Report on the working of the mental hospitals for Indians in Bihar and Orissa - 1925-1929
Year: 1925
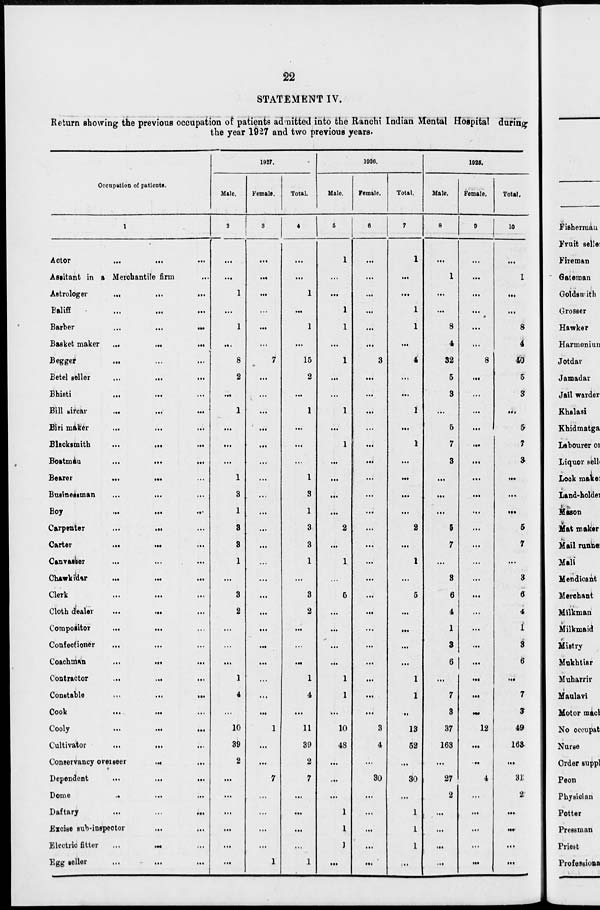
22
STATEMENT IV.
Return showing the previous occupation of patients admitted into the Ranchi Indian Mental Hospital during
the year 1927 and two previous years.
Occupation of patients.
1
Actor
...
...
...
Assistant in a Merchantile firm ...
Astrologer
...
...
...
Baliff
...
...
...
Barber
...
...
...
Basket maker ... ... ...
Begger
... ... ...
Betel seller
...
... ...
Bhisti
...
...
...
Bill sircar
...
...
...
Biri maker ... ... ...
Blacksmith
...
...
...
Boatman
...
...
...
Bearer
...
...
...
Businessman ... ... ...
Boy
...
...
...
Carpenter
...
... ...
Carter
... ... ...
Canvasser ... ... ...
Chawkidar
... ... ...
Clerk
...
...
...
Cloth dealer
...
... ...
Compositor
...
... ...
Confectioner ... ... ...
Coachman
...
...
...
Contractor
...
... ...
Constable ... ... ...
Cook
...
...
...
Cooly
...
...
...
Cultivator
...
... ...
Conservancy overseer
...
...
Dependent
...
...
...
Dome
...
...
...
Daftary
...
...
...
Excise sub-inspector
...
...
Electric
fitter
...
...
...
Egg seller
...
...
...
1927.
Male.
2
...
...
1
...
1
...
8
2
...
1
...
...
...
1
3
1
3
3
1
...
3
2
...
...
...
1
4
...
10
39
2
...
...
...
...
...
...
Female.
3
...
...
...
...
...
...
7
...
...
...
...
...
...
...
...
...
...
...
...
...
...
...
...
...
...
...
...
...
1
...
...
7
...
...
...
...
1
Total.
4
...
...
1
...
1
...
15
2
...
1
...
...
...
1
3
1
3
3
1
...
3
2
...
...
...
1
4
...
11
39
2
7
...
...
...
...
1
1926.
Male.
5
1
...
...
1
1
...
1
...
...
1
...
1
...
...
...
...
2
...
1
...
5
...
...
...
...
1
1
...
10
48
...
...
...
1
1
1
...
Female.
6
...
...
...
...
...
...
3
...
...
...
...
...
...
. . .
...
...
...
...
...
...
...
...
...
...
...
...
...
...
3
4
...
30
...
...
...
...
...
Total.
7
1
...
...
1
1
...
4
...
...
1
...
1
...
...
...
...
2
...
1
...
5
...
...
...
...
1
1
...
13
52
...
30
...
1
1
1
...
1925.
Male.
8
...
1
...
...
8
4
32
5
3
...
5
7
3
...
...
...
5
7
...
3
6
4
1
3
6
...
7
3
37
163
...
27
2
...
...
...
...
Female.
9
...
...
...
...
...
...
8
...
...
...
...
...
...
...
...
...
...
...
...
...
...
...
...
...
...
...
...
...
12
...
...
4
...
...
...
...
...
Total.
10
...
1
...
...
8
4
40
5
3
...
5
7
3
...
...
...
5
7
...
3
6
4
1
3
6
...
7
3
49
163
...
31
2
...
...
...
...